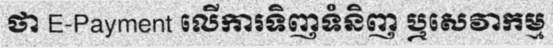
ថា E-Payment លើការទិញទំនិញ ឬសេវាកម្ម